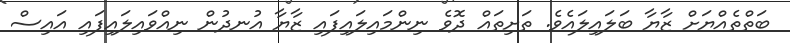
ބަތްތެއްޔަށް ޒާޔާ ބަލައިލައެވެ. ތަށިތައް ދޮވެ ނިންމައިލައިފައި ޒާޔާ އުނދުން ނިއްވައިލައިފައި އައިސް